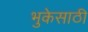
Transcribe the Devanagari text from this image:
भुकेसाठी